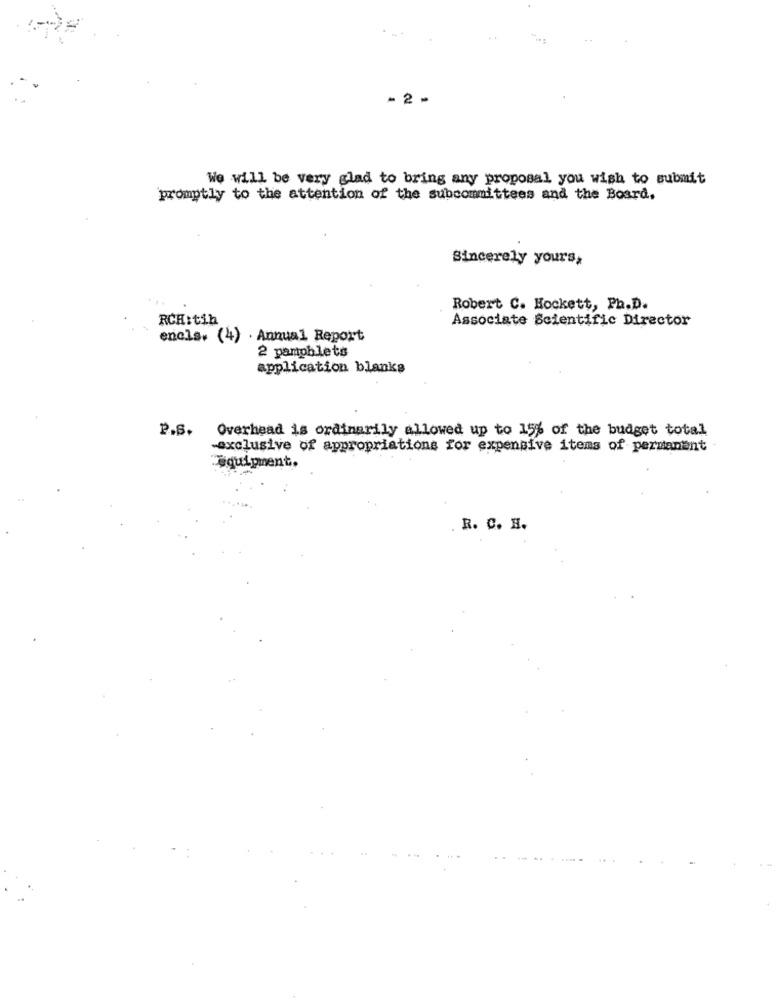
..
- 2 -
We will be very glad to bring any proposal you wish to submit
promptly to the attention of the subcommittees and the Board.
Sincerely yours,
Robert C. Hockett, Ph.D.
RCH:tih
Associate Scientific Director
encls. (4) Annual Report
2 pamphlets
application blanks
P.S. Overhead is ordinarily allowed up to 15% of the budget total
-exclusive of appropriations for expensive items of permanent
equipment.
R. C. H.